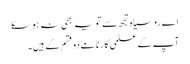
اے روسیاہ تجھ سے تو یہ بھی نہ ہوسکا
آپ کے علمی کارنامے دو قسم کے ہیں۔